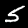
Digit: 5